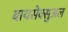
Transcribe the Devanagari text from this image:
बायसेक्सुअल